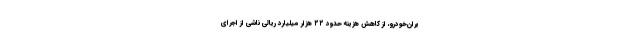
یران‌خودرو، از کاهش هزینه حدود ۲۲ هزار میلیارد ریالی ناشی از اجرای